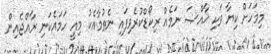
މިމަހަށް ކިޔާ ވަކި ޚާއްޞަ ނަމެއް ރިކޯޑްކުރެވިފައި ނެތުމާއެކު މިއީ ހަމައެކަނި ރާއްޖެއިން